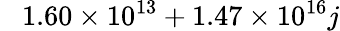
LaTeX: \phantom{-}1.60\times 10^{13}+1.47\times 10^{16}j